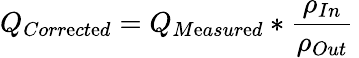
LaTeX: Q_{Corr\mathrm{e}ct\mathrm{e}d}=Q_{M\mathrm{e}asur\mathrm{e}d}*{\frac{{\rho_{In}}}{{\rho_{Out}}}}\,